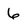
Character: 6